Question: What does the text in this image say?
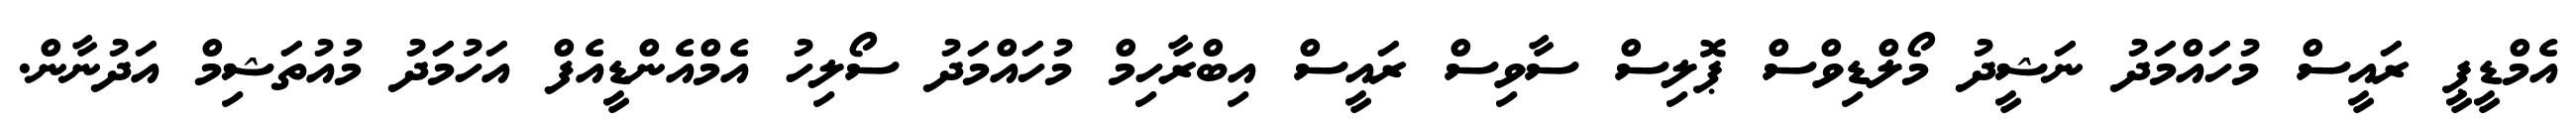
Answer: އެމްޑީޕީ ރައީސް މުހައްމަދު ނަޝީދު މޯލްޑިވްސް ޕޮލިސް ސާވިސް ރައީސް އިބްރާހިމް މުހައްމަދު ސޯލިހު އެމްއެންޑީއެފް އަހުމަދު މުއުތަޝިމް އަދުނާން.